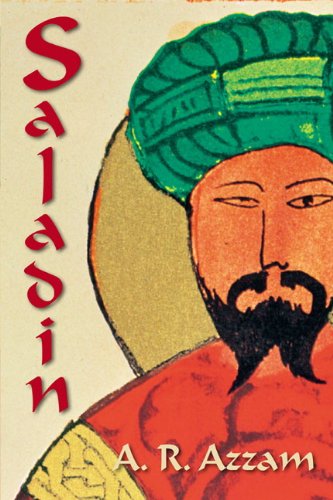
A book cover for Saladin; Abdul Rahman Azzam; History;